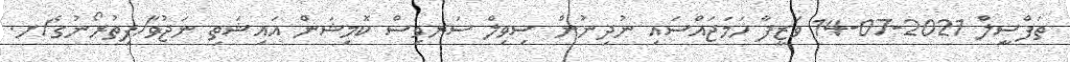
ތަފްސީލް 2021-07-14 ވަޒީފާ ހަމަޖައްސައި ނުދިނުން ސިވިލް ސަރވިސް ކޮމިޝަން އައިޝަތި ނަޖުވާ/ފިތުރޯނުގެ/ށ.